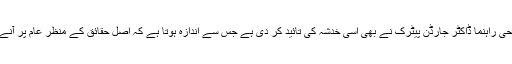
اور اب ساہیوال کے ایک مسیحی راہنما ڈاکٹر جارڈن پیٹرک نے بھی اسی خدشہ کی تائید کر دی ہے جس سے اندازہ ہوتا ہے کہ اصل حقائق کے منظر عام پر آنے میں زیادہ دیر نہیں لگے گی۔